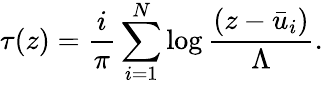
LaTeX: \tau(z)=\frac{i}{\pi}\sum_{i=1}^{N}\log\frac{(z-\bar{u}_{i})}{\Lambda}.